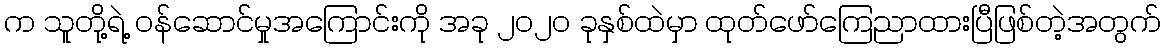
က သူတို့ရဲ့ ဝန်ဆောင်မှုအကြောင်းကို အခု ၂၀၂၀ ခုနှစ်ထဲမှာ ထုတ်ဖော်ကြေညာထားပြီဖြစ်တဲ့အတွက်